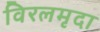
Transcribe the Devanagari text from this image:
विरलमृदा